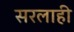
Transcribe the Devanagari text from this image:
सरलाही